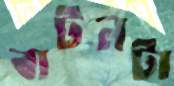
বাটনটা